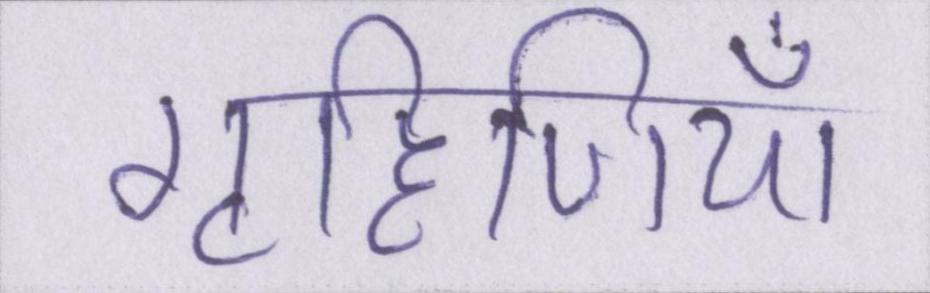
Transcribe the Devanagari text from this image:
गृहिणियाँ